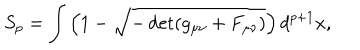
S _ { p } = \int \left( 1 - \sqrt { - \det ( g _ { \mu \nu } + F _ { \mu \nu } ) } \right) d ^ { p + 1 } x ,